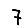
Digit: 7